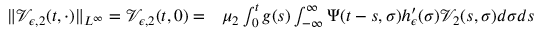
\begin{array} { r l } { \| \mathcal { V } _ { \epsilon , 2 } ( t , \cdot ) \| _ { L ^ { \infty } } = \mathcal { V } _ { \epsilon , 2 } ( t , 0 ) = } & { { } \mu _ { 2 } \int _ { 0 } ^ { t } g ( s ) \int _ { - \infty } ^ { \infty } \Psi ( t - s , \sigma ) h _ { \epsilon } ^ { \prime } ( \sigma ) \mathcal { V } _ { 2 } ( s , \sigma ) d \sigma d s } \end{array}